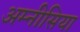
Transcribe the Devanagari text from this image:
अम्नीसिया